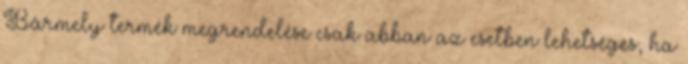
Bármely termék megrendelése csak abban az esetben lehetséges, ha